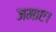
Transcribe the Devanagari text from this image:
जमाए।